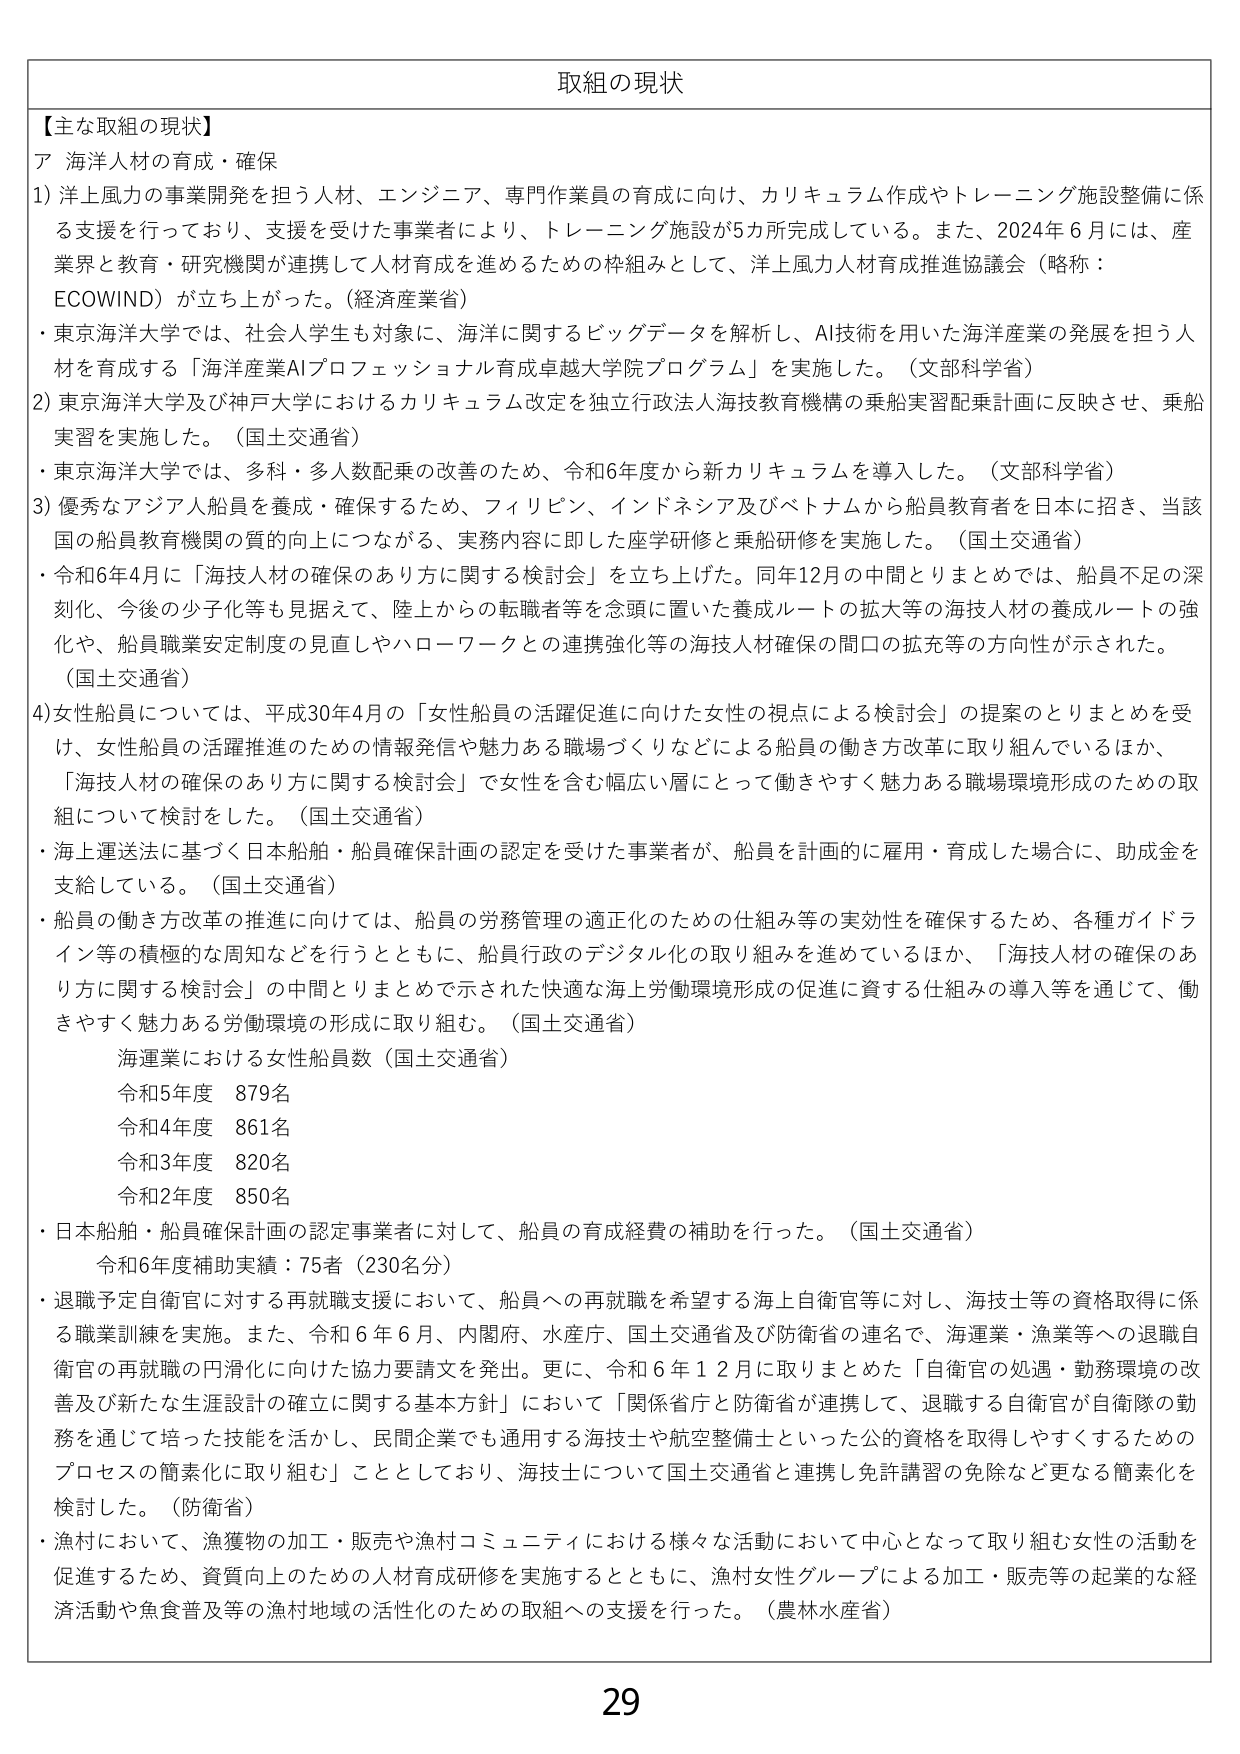
取組の現状

【主な取組の現状】
ア 海洋人材の育成・確保
1) 洋上風力の事業開発を担う人材、エンジニア、専門作業員の育成に向け、カリキュラム作成やトレーニング施設整備に係る支援を行っており、支援を受けた事業者により、トレーニング施設が5カ所完成している。また、2024年6月には、産業界と教育・研究機関が連携して人材育成を進めるための枠組みとして、洋上風力人材育成推進協議会（略称：ECOWIND）が立ち上がった。（経済産業省）
・東京海洋大学では、社会人学生も対象に、海洋に関するビッグデータを解析し、AI技術を用いた海洋産業の発展を担う人材を育成する「海洋産業AIプロフェッショナル育成卓越大学院プログラム」を実施した。（文部科学省）
2) 東京海洋大学及び神戸大学におけるカリキュラム改定を独立行政法人海技教育機構の乗船実習配乗計画に反映させ、乗船実習を実施した。（国土交通省）
・東京海洋大学では、多科・多人数配乗の改善のため、令和6年度から新カリキュラムを導入した。（文部科学省）
3) 優秀なアジア人船員を養成・確保するため、フィリピン、インドネシア及びベトナムから船員教育者を日本に招き、当該国の船員教育機関の質的向上につながる、実務内容に即した座学研修と乗船研修を実施した。（国土交通省）
・令和6年4月に「海技人材の確保のあり方に関する検討会」を立ち上げた。同年12月の中間とりまとめでは、船員不足の深刻化、今後の少子化等も見据えて、陸上からの転職者等を念頭に置いた養成ルートの拡大等の海技人材の養成ルートの強化や、船員職業安定制度の見直しやハローワークとの連携強化等の海技人材確保の間口の拡充等の方向性が示された。（国土交通省）
4) 女性船員については、平成30年4月の「女性船員の活躍促進に向けた女性の視点による検討会」の提案のとりまとめを受け、女性船員の活躍推進のための情報発信や魅力ある職場づくりなどによる船員の働き方改革に取り組んでいるほか、「海技人材の確保のあり方に関する検討会」で女性を含む幅広い層にとって働きやすく魅力ある職場環境形成のための取組について検討をした。（国土交通省）
・海上運送法に基づく日本船舶・船員確保計画の認定を受けた事業者が、船員を計画的に雇用・育成した場合に、助成金を支給している。（国土交通省）
・船員の働き方改革の推進に向けては、船員の労務管理の適正化のための仕組み等の実効性を確保するため、各種ガイドライン等の積極的な周知などを行うとともに、船員行政のデジタル化の取り組みを進めているほか、「海技人材の確保のあり方に関する検討会」の中間とりまとめで示された快適な海上労働環境形成の促進に資する仕組みの導入等を通じて、働きやすく魅力ある労働環境の形成に取り組む。（国土交通省）
　海運業における女性船員数（国土交通省）
　令和5年度　879名
　令和4年度　861名
　令和3年度　820名
　令和2年度　850名
・日本船舶・船員確保計画の認定事業者に対して、船員の育成経費の補助を行った。（国土交通省）
　令和6年度補助実績：75者（230名分）
・退職予定自衛官に対する再就職支援において、船員への再就職を希望する海上自衛官等に対し、海技士等の資格取得に係る職業訓練を実施。また、令和6年6月、内閣府、水産庁、国土交通省及び防衛省の連名で、海運業・漁業等への退職自衛官の再就職の円滑化に向けた協力要請文を発出。更に、令和6年12月に取りまとめた「自衛官の処遇・勤務環境の改善及び新たな生涯設計の確立に関する基本方針」において「関係省庁と防衛省が連携して、退職する自衛官が自衛隊の勤務を通じて培った技能を活かし、民間企業でも通用する海技士や航空整備士といった公的資格を取得しやすくするためのプロセスの簡素化に取り組む」こととしており、海技士について国土交通省と連携し免許講習の免除など更なる簡素化を検討した。（防衛省）
・漁村において、漁獲物の加工・販売や漁村コミュニティにおける様々な活動において中心となって取り組む女性の活動を促進するため、資質向上のための人材育成研修を実施するとともに、漁村女性グループによる加工・販売等の起業的な経済活動や魚食普及等の漁村地域の活性化のための取組への支援を行った。（農林水産省）

29